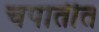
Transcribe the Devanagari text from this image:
चपातीत